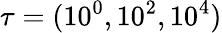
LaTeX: \tau=(10^{0},10^{2},10^{4})